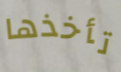
تأخذها